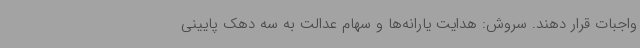
واجبات قرار دهند. سروش: هدایت یارانه‌ها و سهام عدالت به سه دهک پایینی